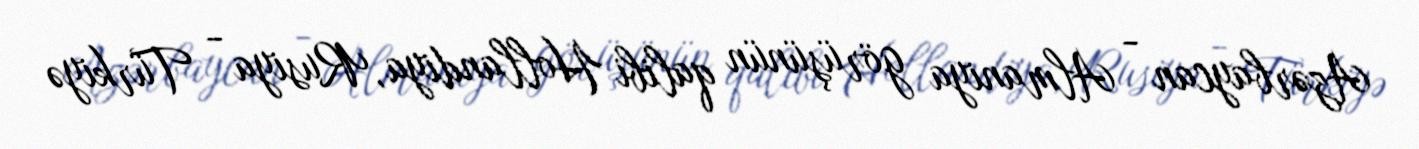
Azərbaycan - Almaniya görüşünün qalibi Hollandiya, Rusiya - Türkiyə